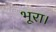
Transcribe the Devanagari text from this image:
भूरा।